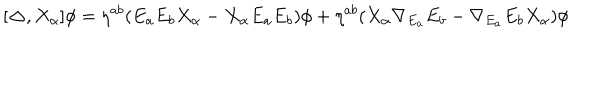
[ { \bf \Delta } , X _ { \alpha } ] \phi = { \eta } ^ { a b } ( E _ { a } E _ { b } X _ { \alpha } - X _ { \alpha } E _ { a } E _ { b } ) \phi + { \eta } ^ { a b } ( X _ { \alpha } { \nabla _ { E _ { a } } } E _ { b } - { \nabla _ { E _ { a } } } E _ { b } X _ { \alpha } ) \phi